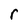
Character: r